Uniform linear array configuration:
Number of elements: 16
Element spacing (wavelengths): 0.75
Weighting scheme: uniform
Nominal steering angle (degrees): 45
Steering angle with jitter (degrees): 45.365
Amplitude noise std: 0.05
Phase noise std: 0.05

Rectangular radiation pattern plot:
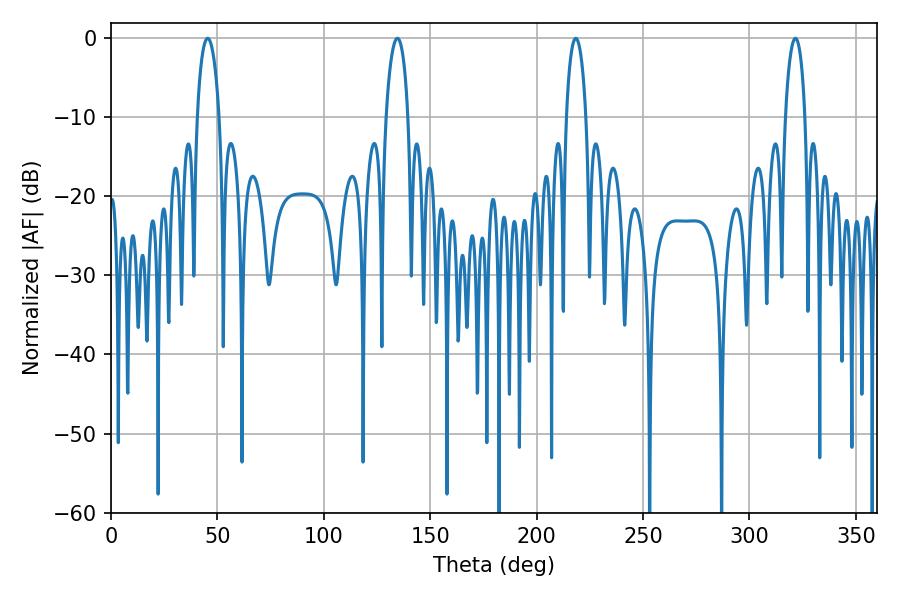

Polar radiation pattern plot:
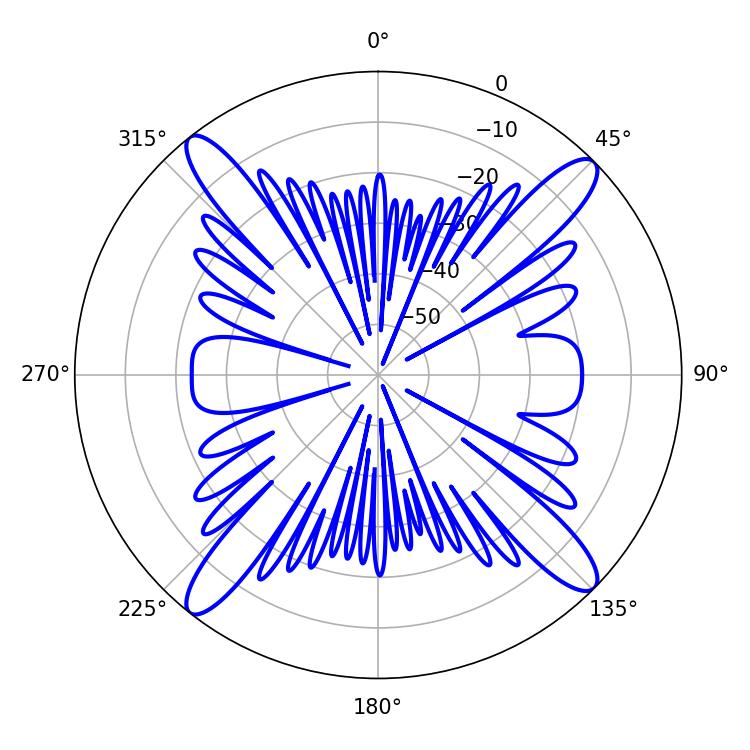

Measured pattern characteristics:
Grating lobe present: TRUE
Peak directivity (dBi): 17.208
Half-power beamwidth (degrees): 5.94
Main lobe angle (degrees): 134.64